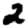
Digit: 2